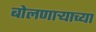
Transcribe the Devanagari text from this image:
बोलणाऱ्याच्या